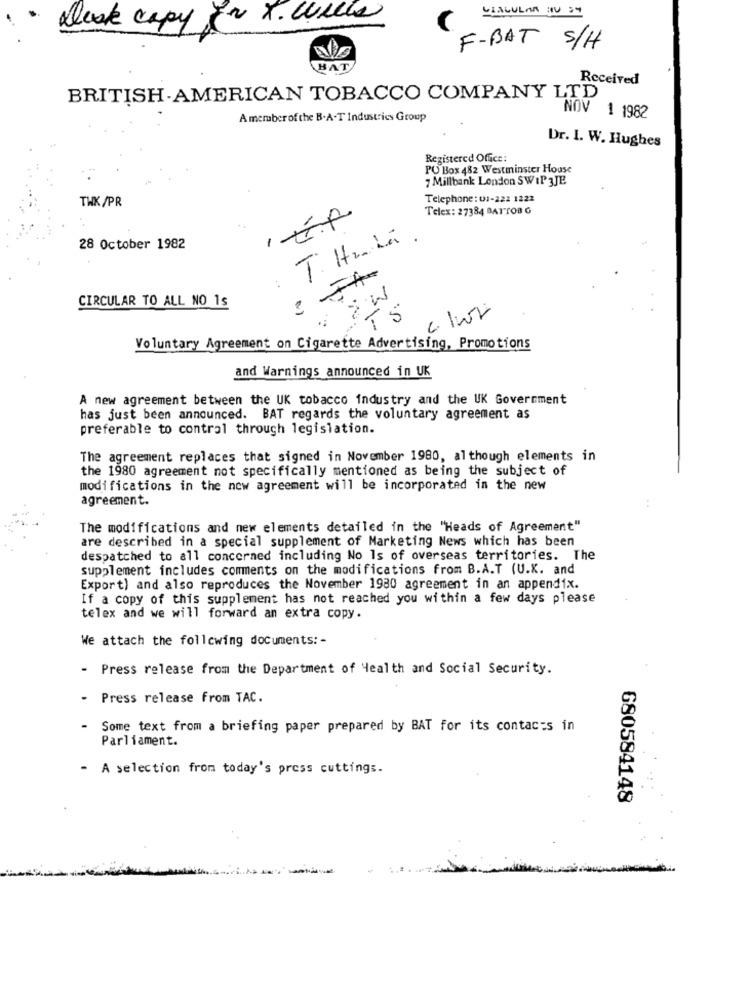
X. Quella
CLALULAR NV 34
blesk capy in
F-BAT S/H
HAT
Received
BRITISH AMERICAN TOBACCO COMPANY LTD
NOV
1 1982
A member of the B.A-T Industries Group
Dr. I. W. Hughes
Registered Office:
PO Box 482 Westminster House
7 Millbank London SWIP 3JE
THX /PR
Telephone: 01-222 1222
Telex: 27384 BATTOB G
-
T. Haha.
28 October 1982
CIRCULAR TO ALL NO 1s
, 2W
c. Iwr
TS
Voluntary Agreement on Cigarette Advertising, Promotions
and Warnings announced in UK
A new agreement between the UK tobacco industry and the UK Government
has just been announced. BAT regards the voluntary agreement as
preferable to contral through legislation.
The agreement replaces that signed in November 1980, although elements in
the 1980 agreement not specifically mentioned as being the subject of
modifications in the new agreement will be incorporated in the new
agreement.
The modifications and new elements detailed in the "Heads of Agreement"
are described in a special supplement of Marketing News which has been
despatched to all concerned including No ls of overseas territories. The
supplement includes comments on the modifications from B.A.T (U.K. and
Export) and also reproduces the November 1980 agreement in an appendix.
If a copy of this supplement has not reached you within a few days please
telex and we will forward an extra copy.
We attach the following documents: -
- Press release from the Department of Health and Social Security.
Press release from TAC.
Some text from a briefing paper prepared by BAT for its contacts in
Parliament.
- A selection from today's press cuttings.
680584148